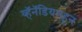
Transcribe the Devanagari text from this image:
व्हॅनॅडियमहून